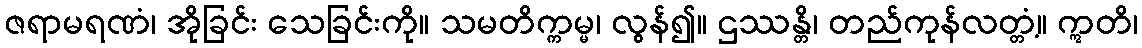
ဇရာမရဏံ၊ အိုခြင်း သေခြင်းကို။ သမတိက္ကမ္မ၊ လွန်၍။ ဌဿန္တိ၊ တည်ကုန်လတ္တံ့။ ဣတိ၊